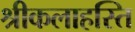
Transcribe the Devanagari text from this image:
श्रीकलाहस्ति